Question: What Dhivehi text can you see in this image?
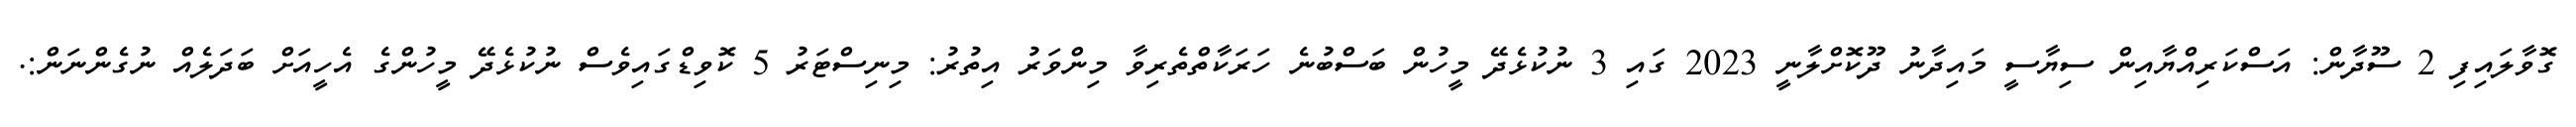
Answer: ގޮވާލައިފި 2 ސޫދާން: އަސްކަރިއްޔާއިން ސިޔާސީ މައިދާނު ދޫކޮށްލާނީ 2023 ގައި 3 ނުކުޅެދޭ މީހުން ބަސްބުނެ ހަރަކާތްތެރިވާ މިންވަރު އިތުރު: މިނިސްޓަރު 5 ކޮވިޑްގައިވެސް ނުކުޅެދޭ މީހުންގެ އެހީއަށް ބަދަލެއް ނުގެންނަން:.